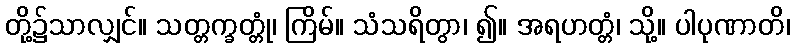
တို့၌သာလျှင်။ သတ္တက္ခတ္တုံ၊ ကြိမ်။ သံသရိတွာ၊ ၍။ အရဟတ္တံ၊ သို့။ ပါပုဏာတိ၊